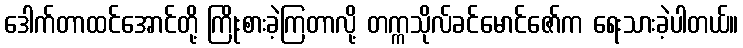
ဒေါက်တာထင်အောင်တို့ ကြိုးစားခဲ့ကြတာလို့ တက္ကသိုလ်ခင်မောင်ဇော်က ရေးသားခဲ့ပါတယ်။